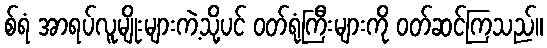
စ်ရံ အာရပ်လူမျိုးများကဲ့သို့ပင် ဝတ်ရုံကြီးများကို ဝတ်ဆင်ကြသည်။